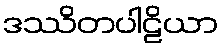
ဒဿိတပါဠိယာ